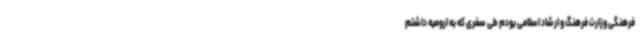
فرهنگی وزارت فرهنگ و ارشاد اسلامی بودم طی سفری که به ارومیه داشتم